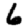
Digit: 6